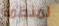
لمنظمة